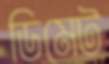
ডিমেট